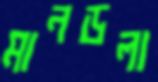
মানডলা